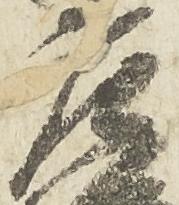
庄